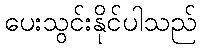
ပေးသွင်းနိုင်ပါသည်